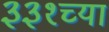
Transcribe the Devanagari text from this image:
३३१च्या